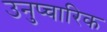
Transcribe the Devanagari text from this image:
उनुप्चारिक